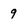
Character: 9